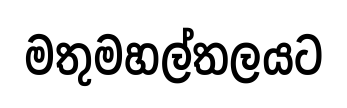
මතුමහල්තලයට